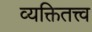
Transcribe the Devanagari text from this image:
व्यक्तितत्त्व